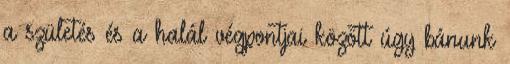
a születés és a halál végpontjai között úgy bánunk